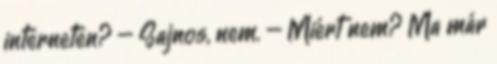
interneten? – Sajnos, nem. – Miért nem? Ma már